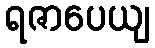
ရဇာပေယျ